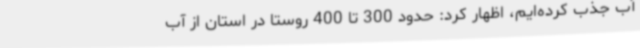
آب جذب کرده‌ایم، اظهار کرد: حدود 300 تا 400 روستا در استان از آب